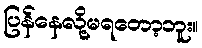
ပြန်နေလို့မရတော့ဘူး။